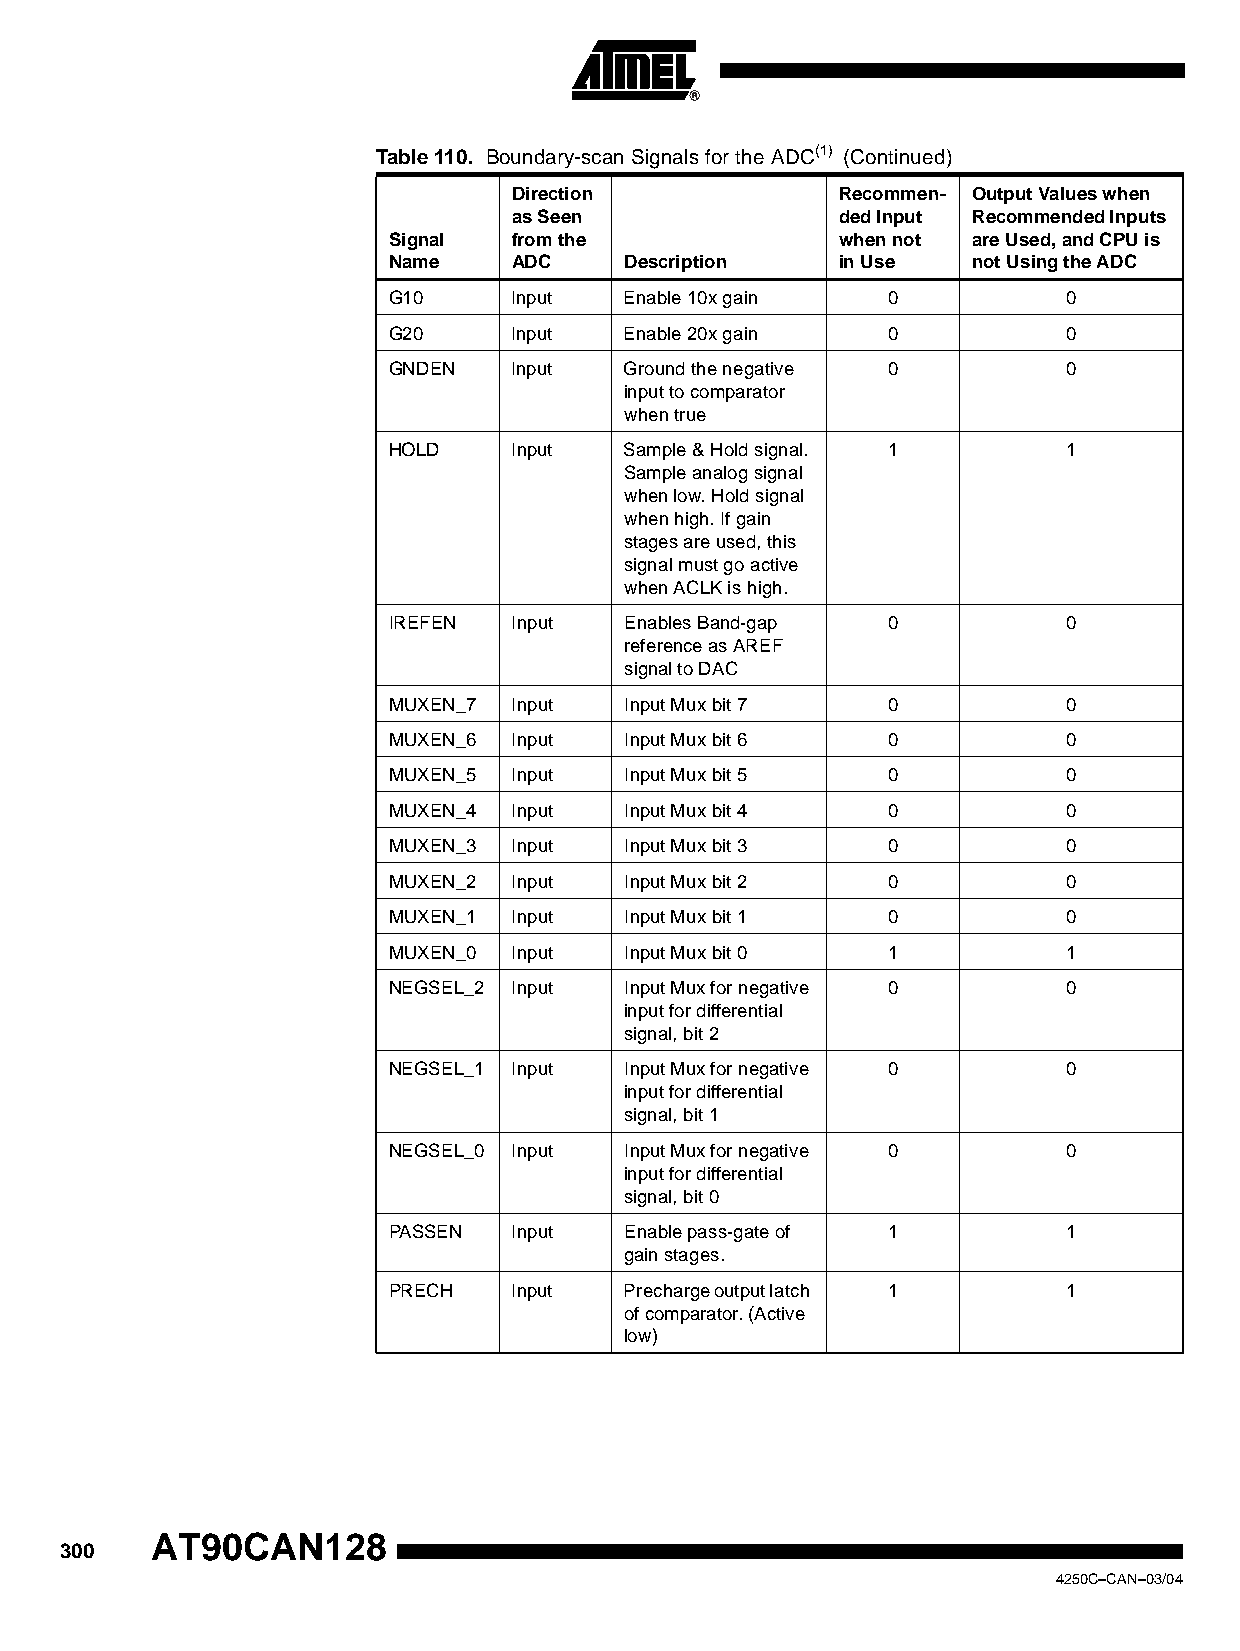
Table 110. Boundary-scan Signals for the ADC(1) (Continued)
 Direction             Recommen- Output Values when
 as Seen               ded Input Recommended Inputs
 Signal  from the              when not are Used, and CPU is
 Name    ADC    Description    in Use  not Using the ADC
 G10     Input  Enable 10x gain   0           0
 G20     Input  Enable 20x gain   0           0
 GNDEN   Input  Ground the negative 0         0
 input to comparator
 when true
 HOLD    Input  Sample & Hold signal. 1       1
 Sample analog signal
 when low. Hold signal
 when high. If gain
 stages are used, this
 signal must go active
 when ACLK is high.
 IREFEN  Input  Enables Band-gap  0           0
 reference as AREF
 signal to DAC
 MUXEN_7 Input  Input Mux bit 7   0           0
 MUXEN_6 Input  Input Mux bit 6   0           0
 MUXEN_5 Input  Input Mux bit 5   0           0
 MUXEN_4 Input  Input Mux bit 4   0           0
 MUXEN_3 Input  Input Mux bit 3   0           0
 MUXEN_2 Input  Input Mux bit 2   0           0
 MUXEN_1 Input  Input Mux bit 1   0           0
 MUXEN_0 Input  Input Mux bit 0   1           1
 NEGSEL_2 Input Input Mux for negative 0      0
 input for differential
 signal, bit 2
 NEGSEL_1 Input Input Mux for negative 0      0
 input for differential
 signal, bit 1
 NEGSEL_0 Input Input Mux for negative 0      0
 input for differential
 signal, bit 0
 PASSEN  Input  Enable pass-gate of 1         1
 gain stages.
 PRECH   Input  Precharge output latch 1      1
 of comparator. (Active
 low)
 AT90CAN128
 300
 4250C–CAN–03/04